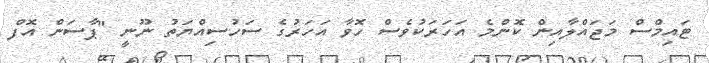
ޓައިމްސް މަޖައްލާއިން ކޮންމެ އަހަރަކުވެސް ހޮވާ އަހަރުގެ ސަހުސިއްޔަތު ނޫނީ "ޕާސަން އޮފް